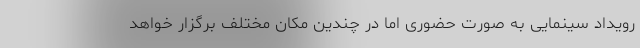
رویداد سینمایی به صورت حضوری اما در چندین مکان مختلف برگزار خواهد